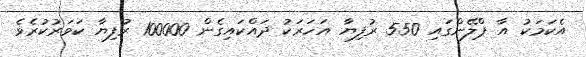
އެކަމަކު އާ ޕްލޭންގައި 550 ރުފިޔާ އަހަރަކު ދައްކައިގެން 100000 ރުފިޔާ ކަވަރުކުރެވެ